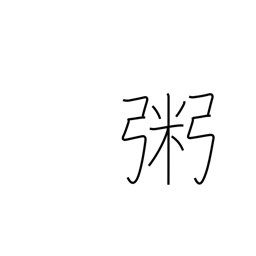
Meaning: rice gruel